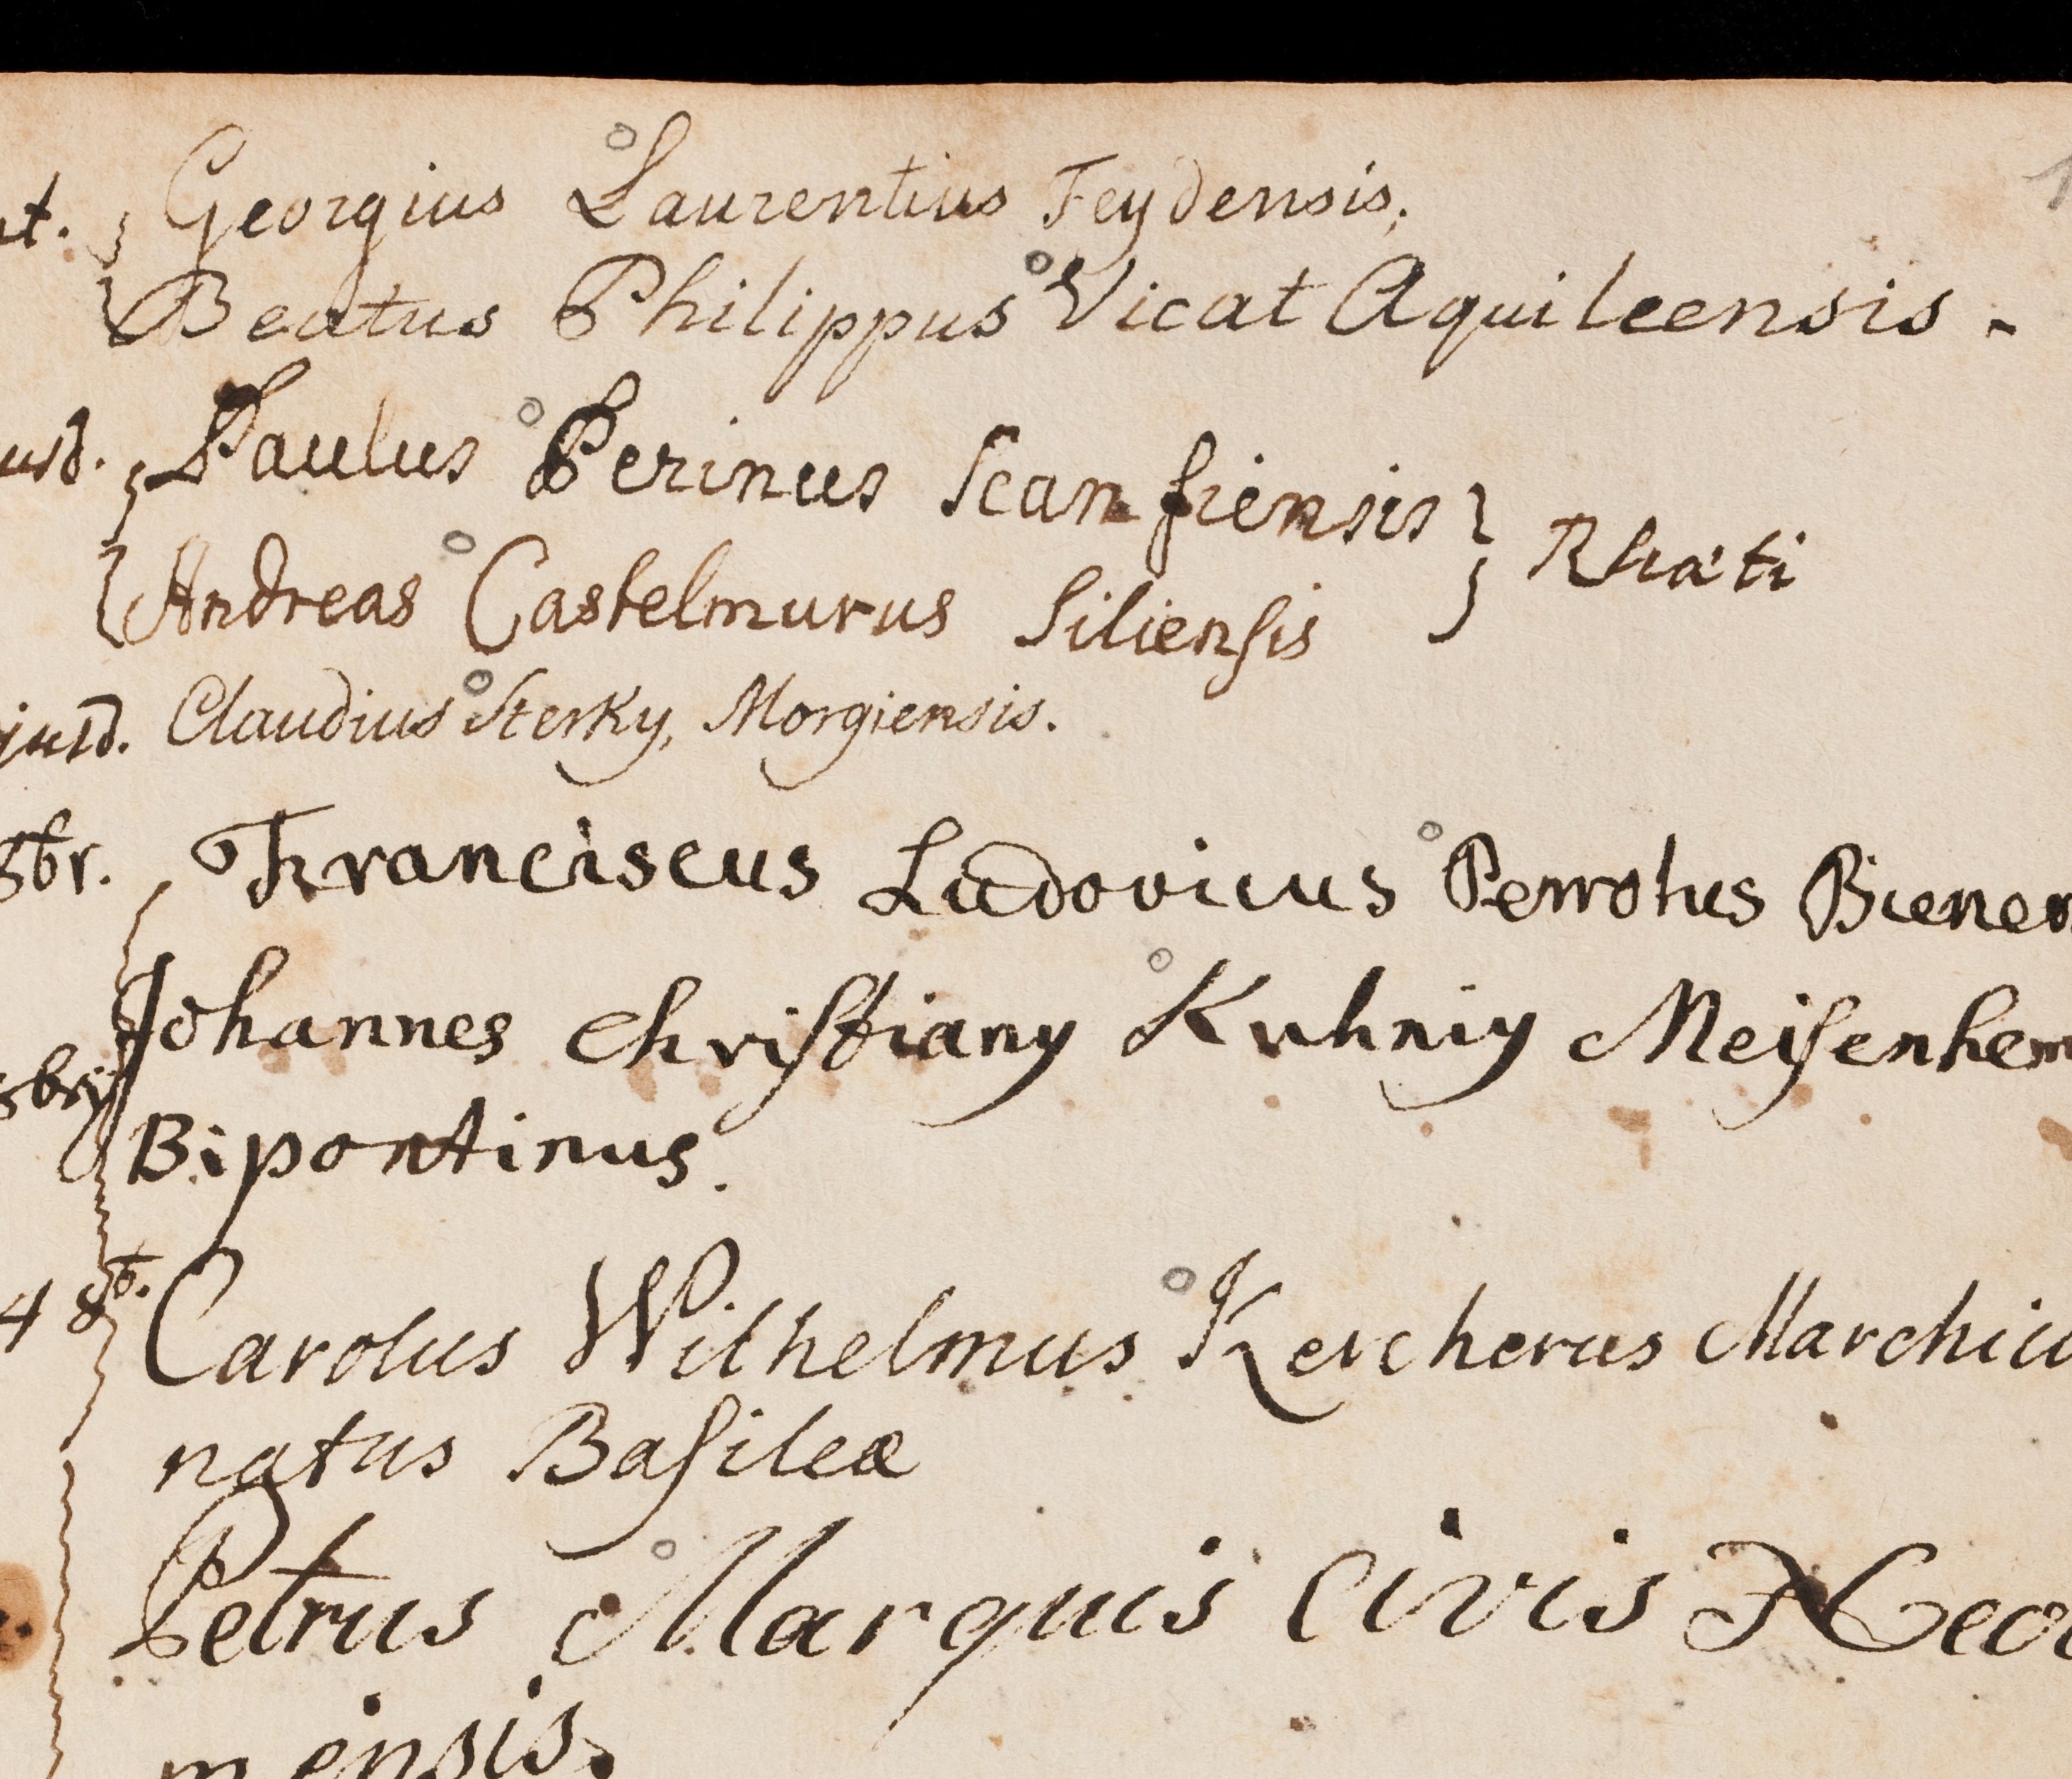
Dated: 1599–1837